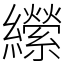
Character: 𦇝